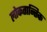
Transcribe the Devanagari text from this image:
लोकतान्तिक